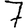
Digit: 7